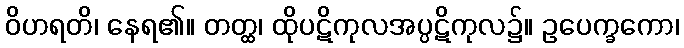
ဝိဟရတိ၊ နေရ၏။ တတ္ထ၊ ထိုပဋိကုလအပ္ပဋိကုလ၌။ ဥပေက္ခကော၊